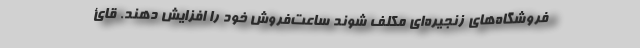
فروشگاه‌های زنجیره‌ای مکلف شوند ساعت‌فروش خود را افزایش دهند. قائ